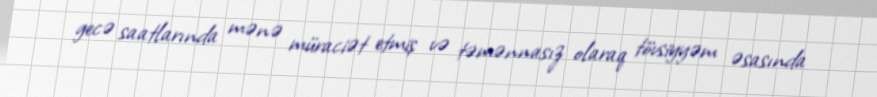
gecə saatlarında mənə müraciət etmiş və təmənnasız olaraq tövsiyyəm əsasında